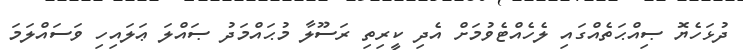
ދުޅަހެޔޮ ޞިއްޙަތެއްގައި ލެހެއްޓެވުމަށް އެދި ކީރިތި ރަސޫލާ މުޙައްމަދު ޞައްލަ ޢަލައިހި ވަސައްލަމަ